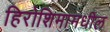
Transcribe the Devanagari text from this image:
हिरोशिमामधील